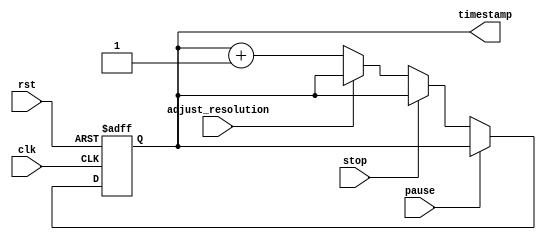
module time_stamp_timer (
   input wire clk,
   input wire rst,
   input wire pause,
   input wire stop,
   input wire adjust_resolution,
   output reg [31:0] timestamp
);

reg [31:0] counter;

always @ (posedge clk or posedge rst) begin
   if (rst) begin
      counter <= 32'b0;
      timestamp <= 32'b0;
   end
   else if (pause) begin
      // do nothing, hold current timestamp
   end
   else if (stop) begin
      // stop timer, hold current timestamp
   end
   else if (adjust_resolution) begin
      // adjust timestamp resolution
   end
   else begin
      counter <= counter + 32'b1;
      timestamp <= timestamp + 1;
   end
end

endmodule